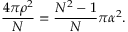
\frac { 4 \pi \rho ^ { 2 } } { N } = \frac { N ^ { 2 } - 1 } { N } \pi \alpha ^ { 2 } .